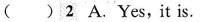
( ) 2 A. Yes,it is.